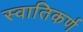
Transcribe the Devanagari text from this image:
स्वातिकर्ण